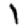
Digit: 1